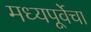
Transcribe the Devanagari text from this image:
मध्यपूर्वेचा